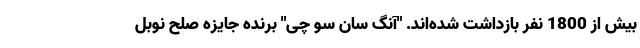
بیش از 1800 نفر بازداشت شده‌اند. "آنگ سان سو چی" برنده جایزه صلح نوبل